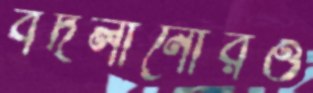
বদলানোরও